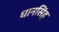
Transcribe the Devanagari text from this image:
धानसिंह